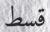
قسط